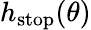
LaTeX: h_{\mathrm{{stop}}}(\theta)